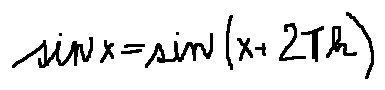
\sin x = \sin ( x + 2 \pi k )